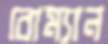
বোম্যান